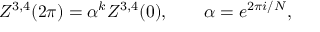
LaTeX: Z ^ { 3 , 4 } ( 2 \pi ) = \alpha ^ { k } Z ^ { 3 , 4 } ( 0 ) , \qquad \alpha = e ^ { 2 \pi i / N } ,